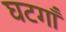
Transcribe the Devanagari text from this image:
घटगाँ